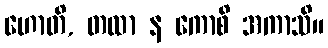
ဟောတိ, တထာ န ကောစိ အကာသိ။